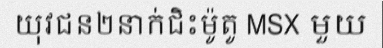
យុវជន២នាក់ជិះម៉ូតូ MSX មួយ